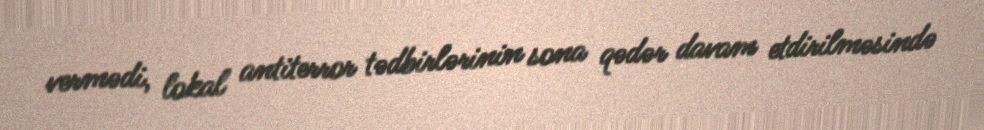
vermədi, lokal antiterror tədbirlərinin sona qədər davam etdirilməsində